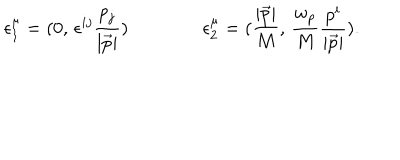
LaTeX: \epsilon _ { 1 } ^ { \mu } = ( 0 , \, \epsilon ^ { i j } \frac { { p } _ { j } } { | \vec { p } | } ) \qquad \qquad \epsilon _ { 2 } ^ { \mu } = ( \frac { | \vec { p } | } { M } , \, \frac { w _ { p } } { M } \frac { { p } ^ { i } } { | \vec { p } | } ) .